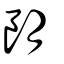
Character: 朗